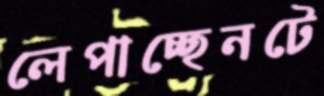
লেপাচ্ছেনটে